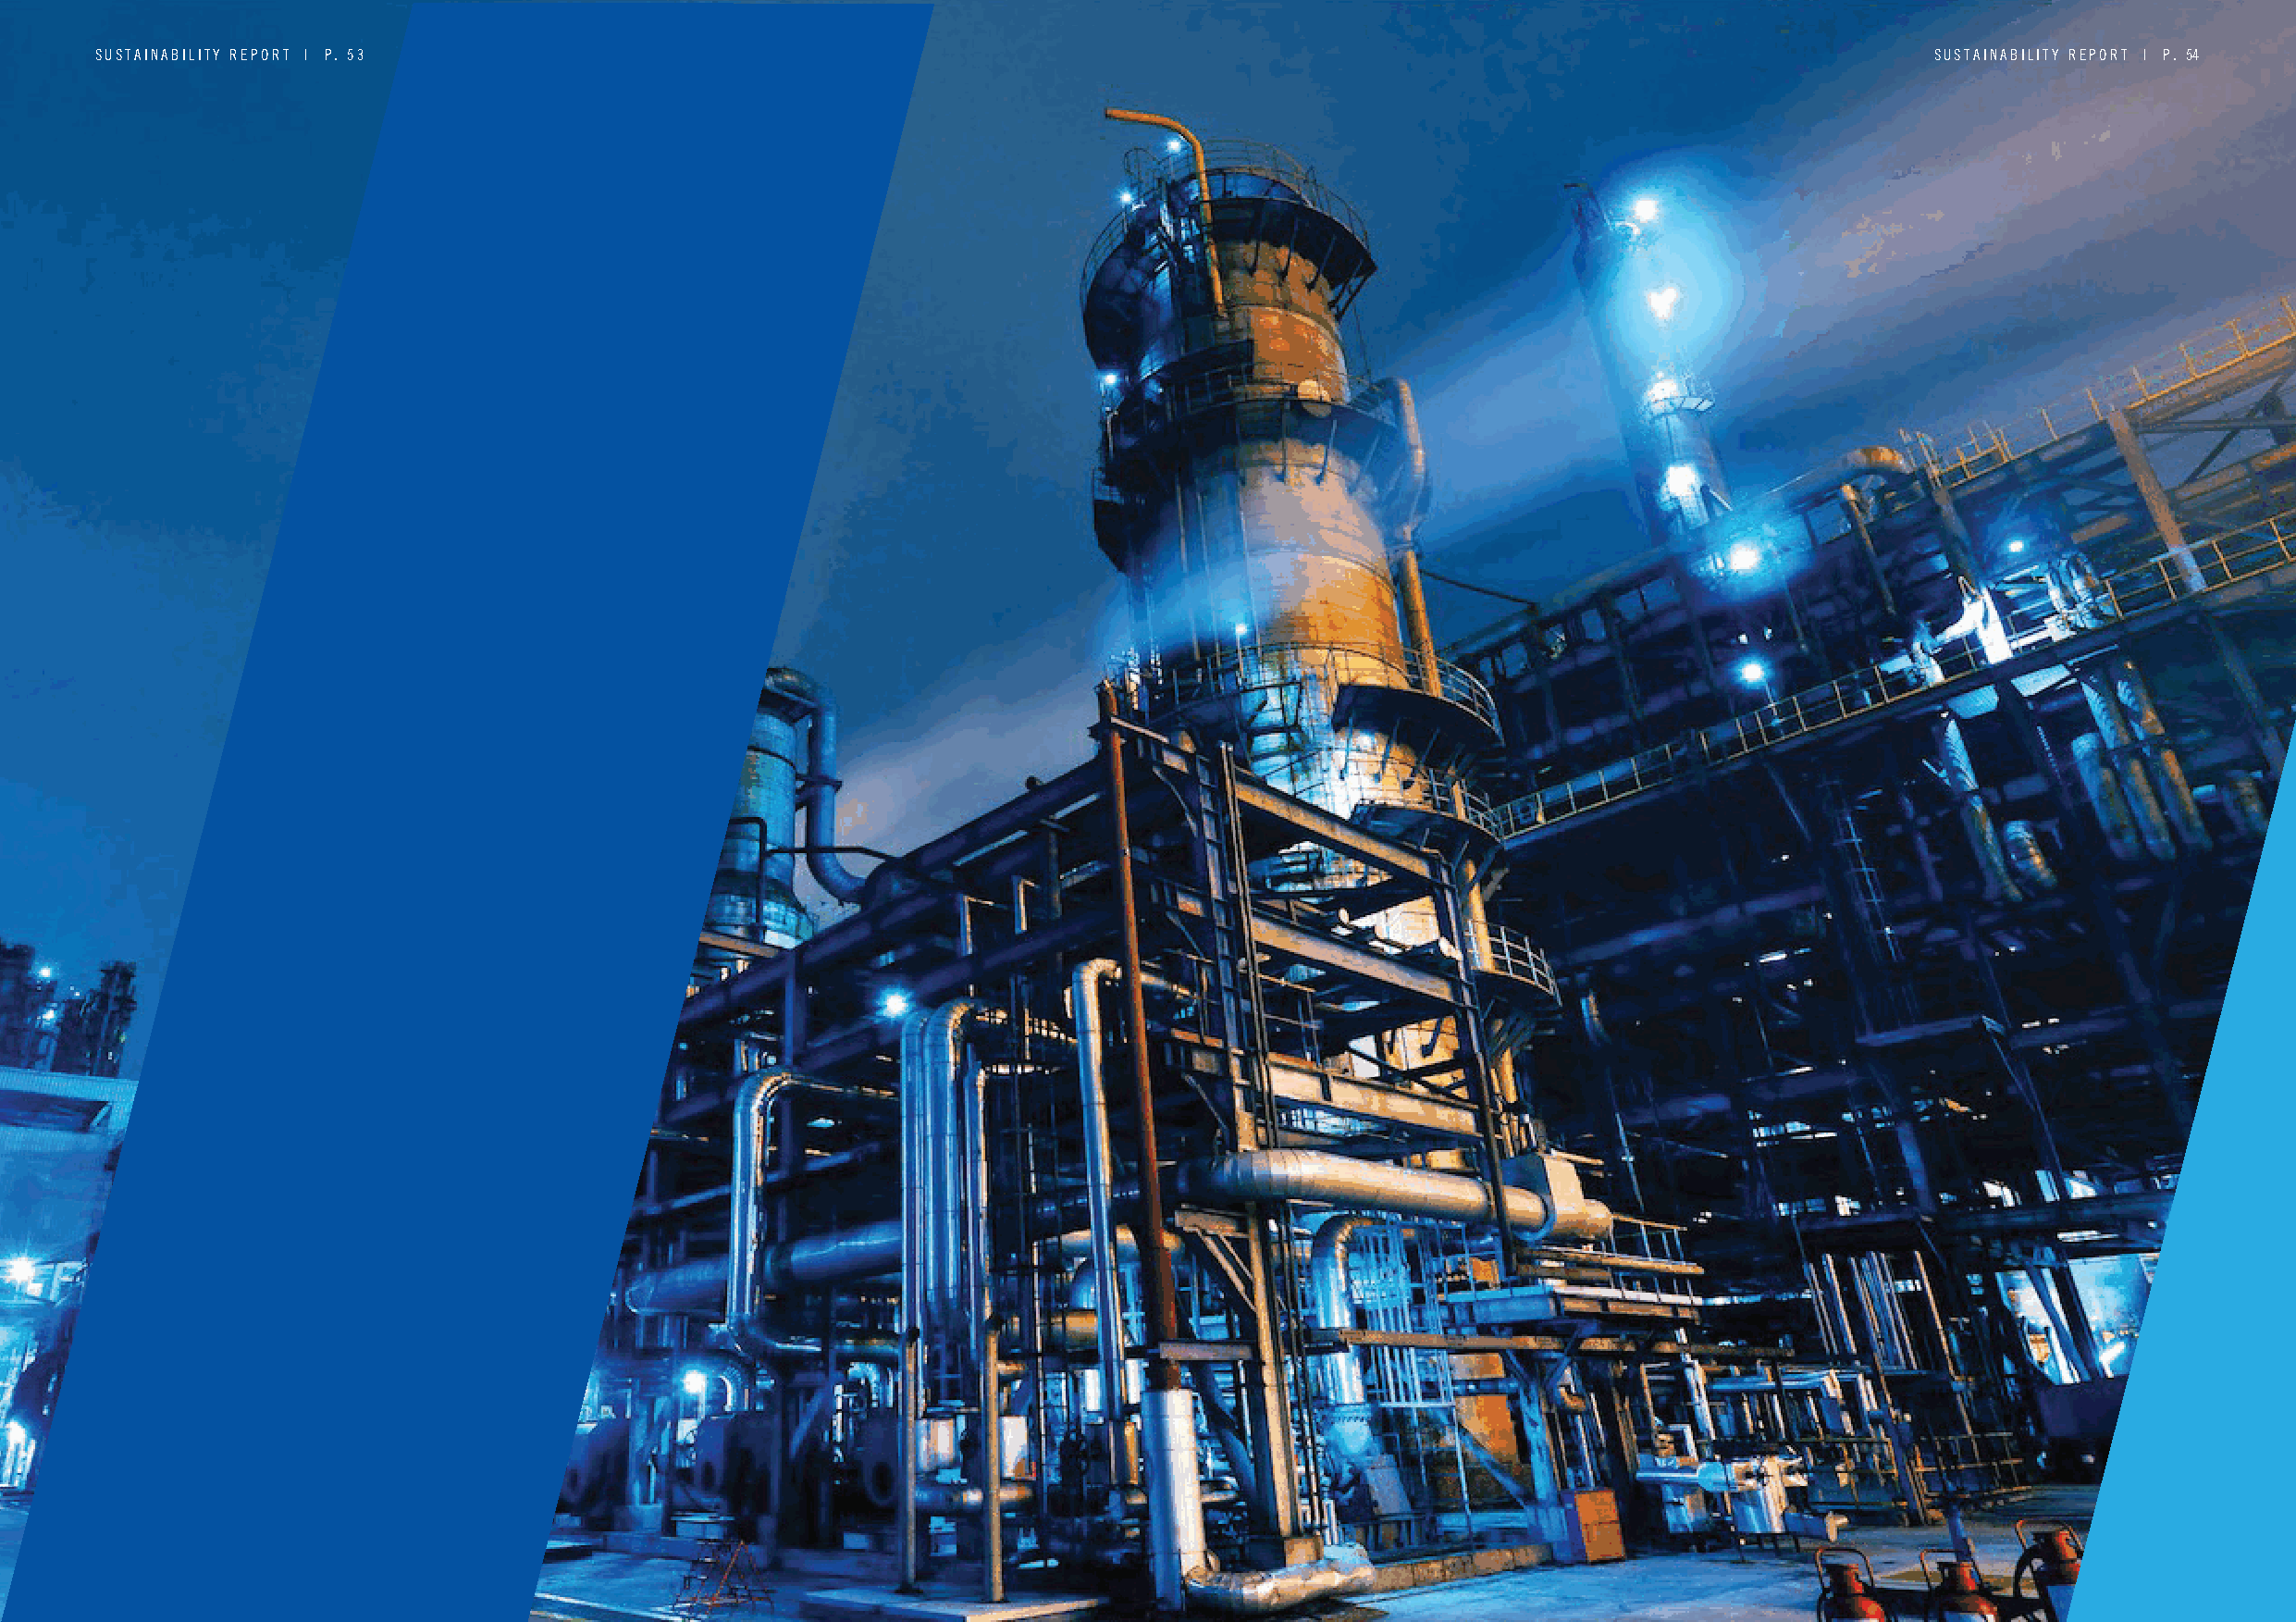
SUSTAINABILITY REPORT | P . 53                                                                                                     SUSTAINABILITY REPORT | P. 54